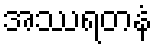
အဿရတနံ